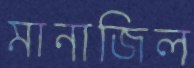
মানাজিল